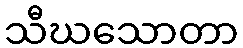
သီဃသောတာ